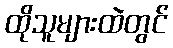
ထိုသူများထဲတွင်